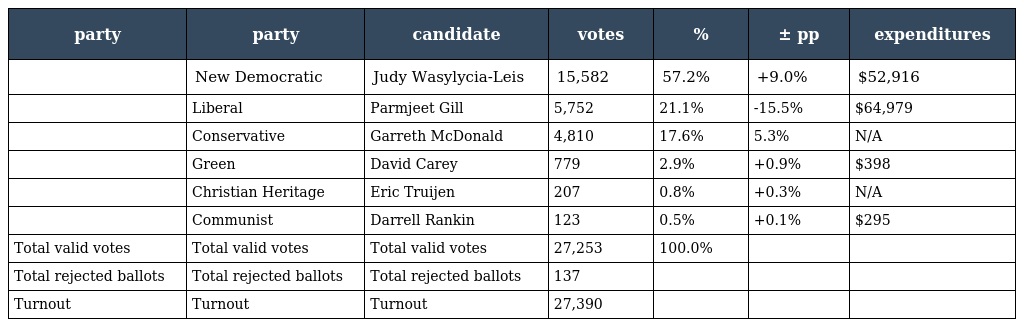
| party | party | candidate | votes | % | ± pp | expenditures |
 | --- | --- | --- | --- | --- | --- | --- |
 |  | New Democratic | Judy Wasylycia-Leis | 15,582 | 57.2% | +9.0% | $52,916 |
 |  | Liberal | Parmjeet Gill | 5,752 | 21.1% | -15.5% | $64,979 |
 |  | Conservative | Garreth McDonald | 4,810 | 17.6% | 5.3% | N/A |
 |  | Green | David Carey | 779 | 2.9% | +0.9% | $398 |
 |  | Christian Heritage | Eric Truijen | 207 | 0.8% | +0.3% | N/A |
 |  | Communist | Darrell Rankin | 123 | 0.5% | +0.1% | $295 |
 | Total valid votes | Total valid votes | Total valid votes | 27,253 | 100.0% |  |  |
 | Total rejected ballots | Total rejected ballots | Total rejected ballots | 137 |  |  |  |
 | Turnout | Turnout | Turnout | 27,390 |  |  |  |